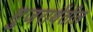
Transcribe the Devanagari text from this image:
गुजराथेंतील